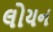
લોયન